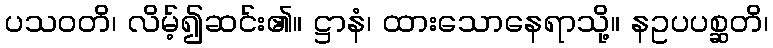
ပသဝတိ၊ လိမ့်၍ဆင်း၏။ ဋ္ဌာနံ၊ ထားသောနေရာသို့။ နဥပပစ္ဆတိ၊